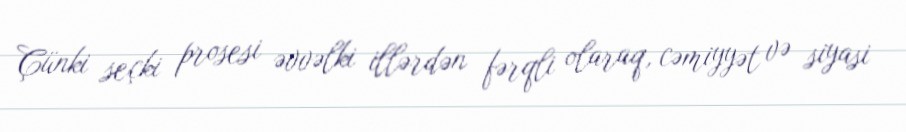
Çünki seçki prosesi əvvəlki illərdən fərqli olaraq, cəmiyyət və siyasi